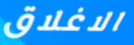
الاغلاق